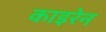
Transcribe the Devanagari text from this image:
काइरेन